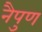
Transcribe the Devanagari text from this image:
नैपुण